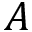
A